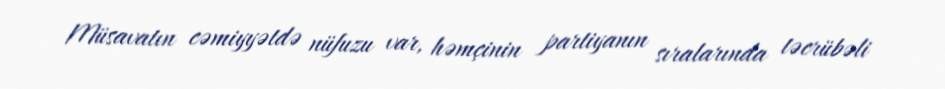
Müsavatın cəmiyyətdə nüfuzu var, həmçinin partiyanın sıralarında təcrübəli